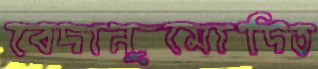
বেদানুমোদিত